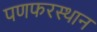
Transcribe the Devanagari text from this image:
पणफरस्थान